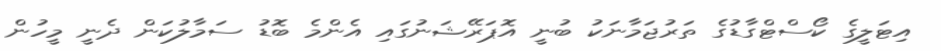
އިޓަލީގެ ކޯސްޓްގާޑުގެ ތަރުޖަމާނަކު ބުނީ އޮޕަރޭޝަނުގައި އެންމެ ބޮޑު ސަމާލުކަން ދެނީ މީހުން